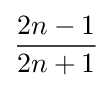
{\frac {2n-1}{2n+1}}